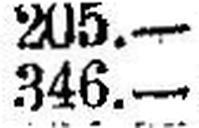
346.—